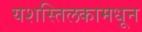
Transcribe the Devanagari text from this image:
यशस्तिलकामधून